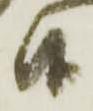
候